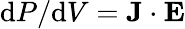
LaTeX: \mathrm{d}P/\mathrm{d}V=\mathbf{J}\cdot\mathbf{E}